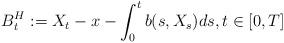
LaTeX: \begin{align*}B_t^H := X_t - x - \int_0^t b(s,X_s)ds, t\in [0,T]\end{align*}